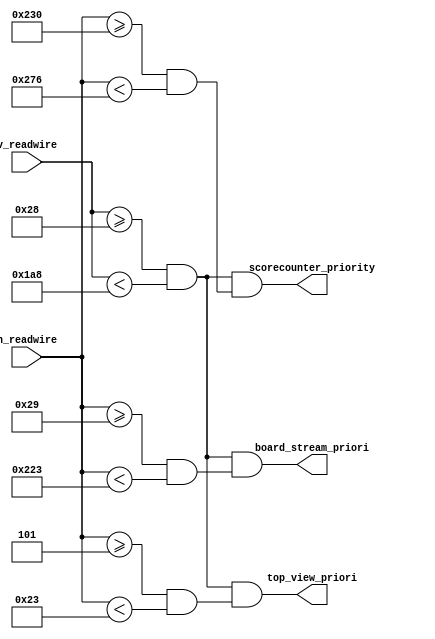
`default_nettype none

module screen_manager(
    input wire[9:0] h_readwire,
    input wire[9:0] v_readwire,
    output wire board_stream_priori,
    output wire top_view_priori,
    output wire scorecounter_priority
);

    assign board_stream_priori = (v_readwire >= 40 & v_readwire < 424) & (h_readwire >= 41 & h_readwire < 547);
    assign top_view_priori = (v_readwire >= 40 & v_readwire < 424) & (h_readwire >= 5 & h_readwire < 35);
    assign scorecounter_priority = (v_readwire >= 40 & v_readwire < 424) & (h_readwire >= 10'd560 & h_readwire < 10'd630);
endmodule